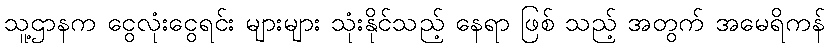
သူ့ဌာနက ငွေလုံးငွေရင်း များများ သုံးနိုင်သည့် နေရာ ဖြစ် သည့် အတွက် အမေရိကန်